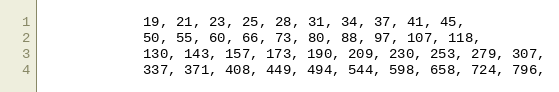
Language: C
			19, 21, 23, 25, 28, 31, 34, 37, 41, 45,
			50, 55, 60, 66, 73, 80, 88, 97, 107, 118,
			130, 143, 157, 173, 190, 209, 230, 253, 279, 307,
			337, 371, 408, 449, 494, 544, 598, 658, 724, 796,